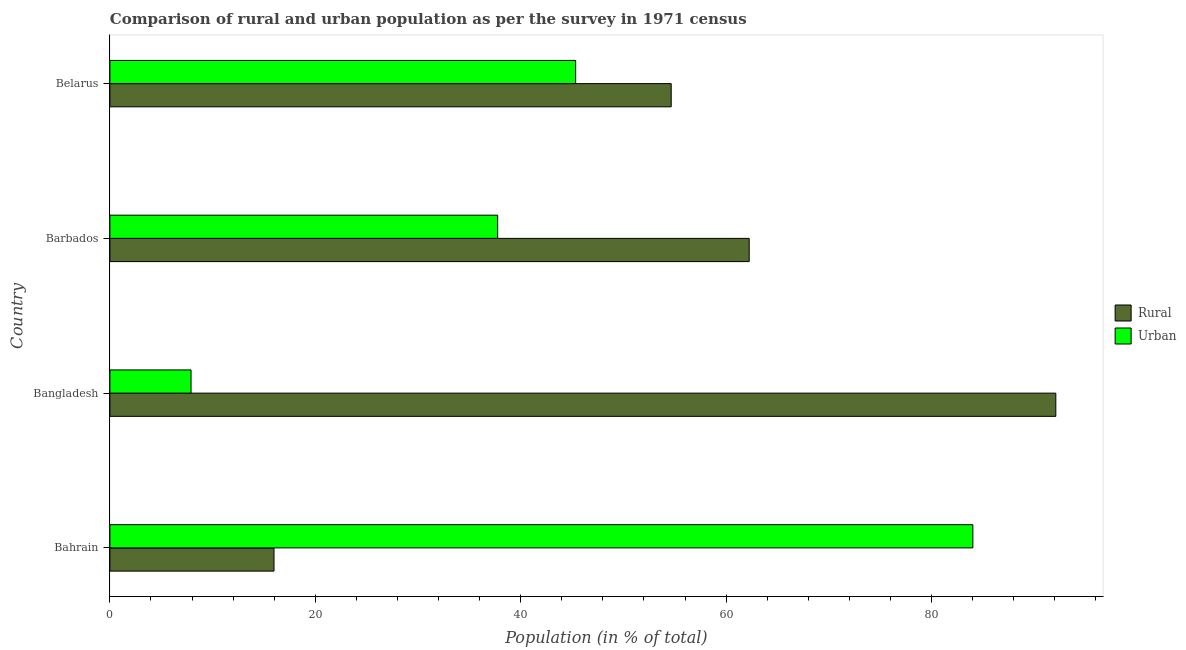
| Country | Rural | Urban |
 | --- | --- | --- |
 | Bahrain | 16 | 84 |
 | Bangladesh | 92.1 | 7.9 |
 | Barbados | 62.2 | 37.8 |
 | Belarus | 54.7 | 45.3 |